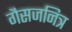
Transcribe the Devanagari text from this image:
गैसजनित्र